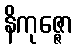
နိကုဇ္ဇော